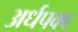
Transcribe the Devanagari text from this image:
अर्धपक्व